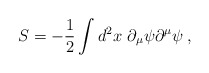
\begin{align*}S=-{1\over2}\int d^2x\ \partial_{\mu}\psi\partial^{\mu}\psi\>,\end{align*}